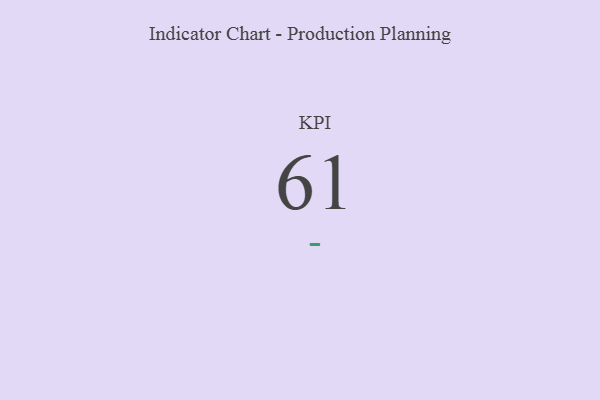
{"axis": {"x": "KPI", "y": "Value"}, "legend": [""], "data": [{"x": "KPI", "y": 61, "type": ""}]}